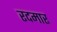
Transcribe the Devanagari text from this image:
रदमार